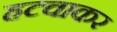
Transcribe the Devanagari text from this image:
हटवाकर